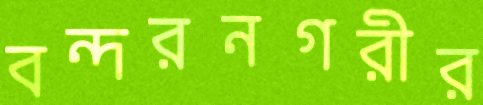
বন্দরনগরীর